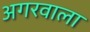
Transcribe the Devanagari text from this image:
अगरवाला